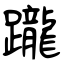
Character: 躘